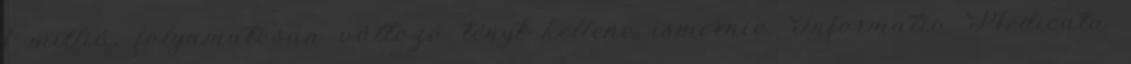
1 millió, folyamatosan változó tényt kellene ismernie. Informatio Medicata